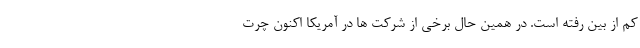
کم از بین رفته است. در همین حال برخی از شرکت ‌ها در آمریکا اکنون چرت